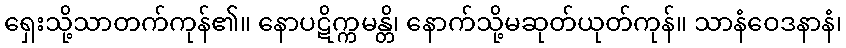
ရှေးသို့သာတက်ကုန်၏။ နောပဋိက္ကမန္တိ၊ နောက်သို့မဆုတ်ယုတ်ကုန်။ သာနံဝေဒနာနံ၊